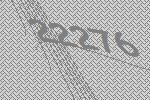
22276